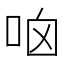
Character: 𠱖